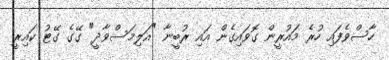
ހާސްވެފައި ހުރެ މައުރީން ގޮވައިގެން އައި ރުބީނާ "އަލިމަސްވާދީ" ގޭގެ ގޭޓު ކައިރީ